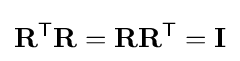
\mathbf {R} ^{\mathsf {T}}\mathbf {R} =\mathbf {R} \mathbf {R} ^{\mathsf {T}}=\mathbf {I}